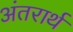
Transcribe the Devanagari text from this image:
अंतरार्थ